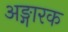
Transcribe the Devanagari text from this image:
अङ्गारक